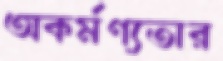
অকর্মণ্যতার